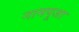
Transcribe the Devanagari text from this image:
नामपूजा